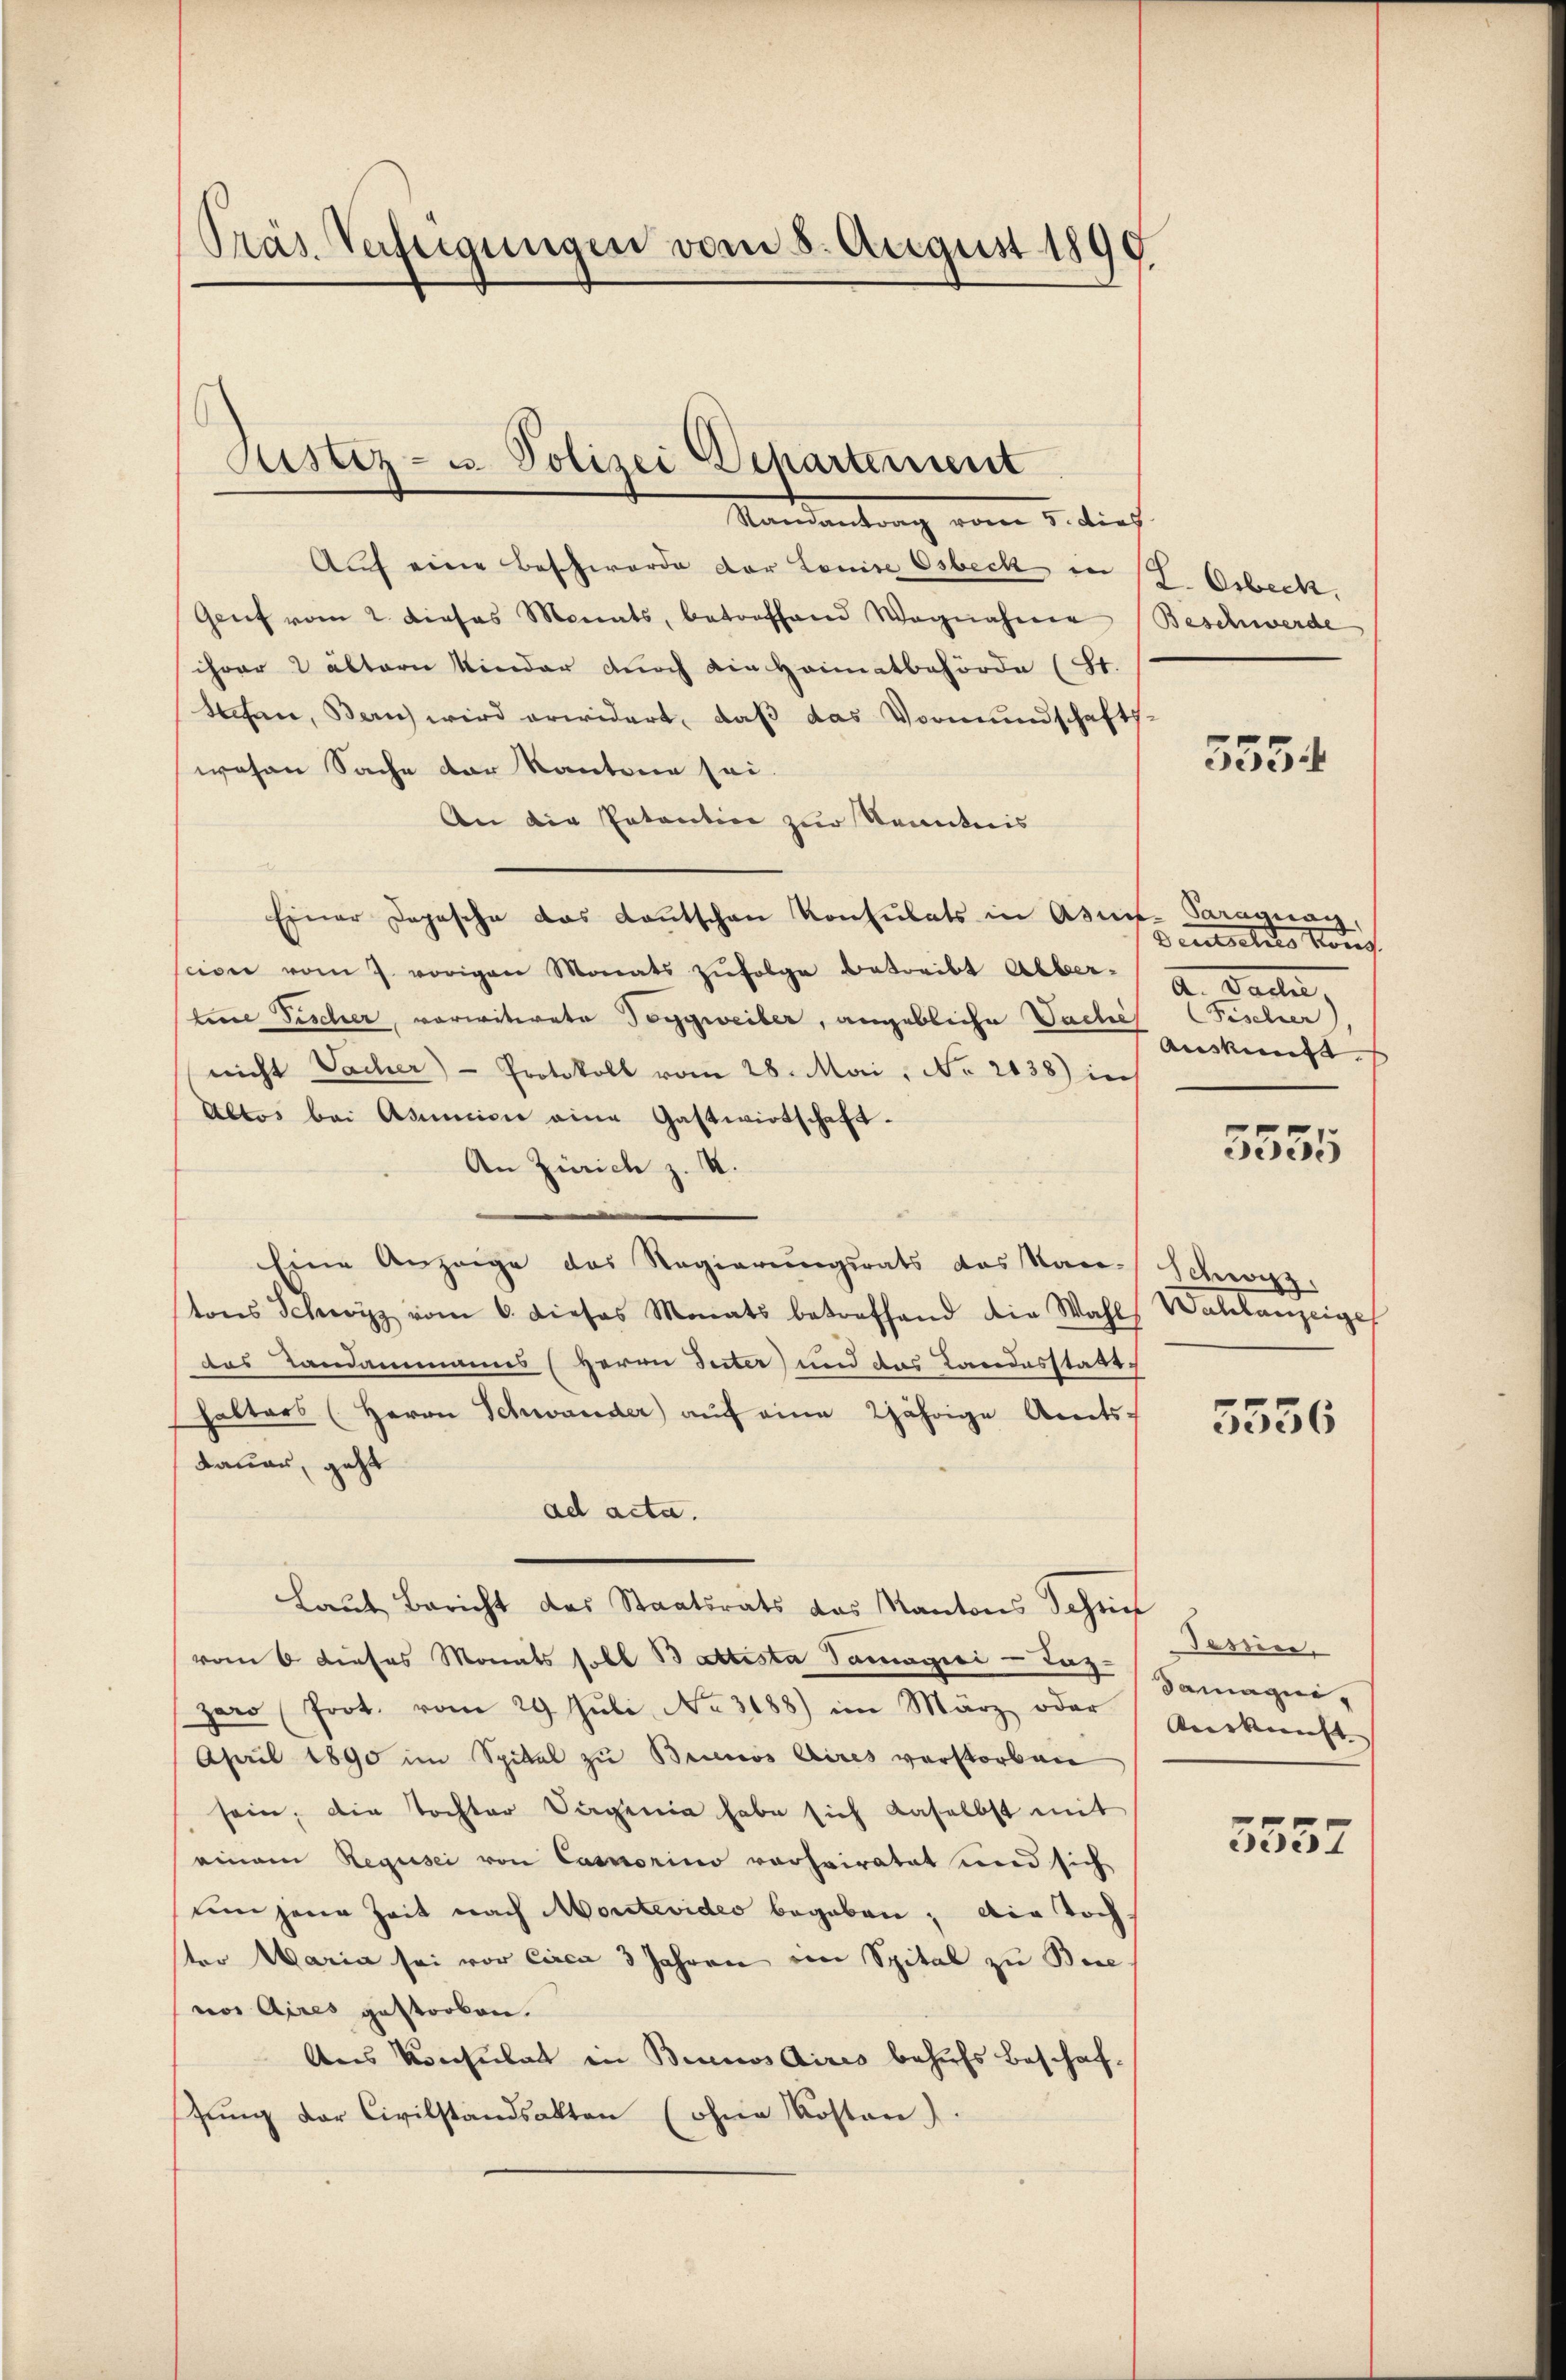
Präs. Verfügungen vom 8. August 1890

Justiz- u. Polizei Departement
Mandantrag vom 5. dies

Auf eine Beschwerde der Louise Osbeck in 19. Orbeck,
Genf vom 2. Dieses Monats, betreffend Wagnahmen Beschwerde
ihrer ältern Kinder durch die Heimatbehörde (St.
Sachen, Bern wird erwidert, daß das Vormundschafts-
wesen Sache der kantone sei.
An die Pataction zur Kenntnis
Einer Depesche das Kantschen Konsulats in Asse-Paraguay
scion vom 7. vorigen Monats zŭfolge betreibt Alber-
tene Fischer, vorwitwete Toggweiber, angebliche Sache
nicht Sacher) - Protokoll vom 28. Mai, No 2038) in
Altos bei Asunici eine Gastwirtschaft.
An Zürich z. K.
Eine Anzeige des Regierŭngsrats das Kan-Schwyz,
tons Schwyz vom 6. dieses Monats betreffend die Wahl Wahlanzeigel
das Landammanns (Herrn Inter und das Landesstatt
halters (Herrn Schwander aŭf eine 2jährige Amts-
dauer, geht
ad acta.
Laut Bericht des Staatsrats das Kantons Schnet seiner
vom 6 dieses Monats soll Battista Tamagici - Lag
zaro (Prot. vom 29. Juli No 3188) im März oder
April 1890 im Spital zu Brinos Aires verstorben
sein, die Tochter Sagenia habe sich daselbst mit
einem Requisei von Casnorino vorheiratet und sich
um jene Zeit nach Montevideo begaben; die Tochter Maria sei vor circa 3 Jahren ein Spital zu Bie-
nos Aires gestorben.
Aus Konsulat in Bennos Aires behufs Beschaf-
tŭng der Civilstandsakten (ohne Kosten).

5534

Deutsches König
a. Danten,
Fischer
Auskunft.

5555

5556

Samagni
Auskunft

5557